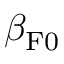
\beta _ { { \mathrm { F } } 0 }